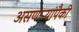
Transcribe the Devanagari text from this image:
असणाऱ्यांपैकी